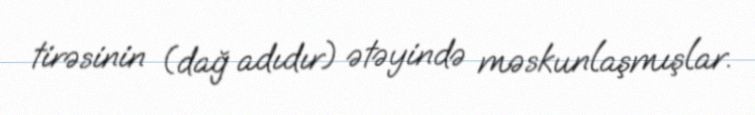
tirəsinin (dağ adıdır) ətəyində məskunlaşmışlar.